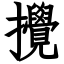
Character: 攪